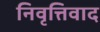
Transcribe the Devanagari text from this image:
निवृत्तिवाद